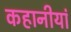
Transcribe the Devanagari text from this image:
कहानीयां